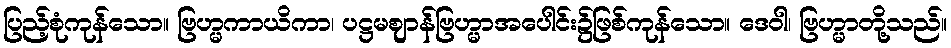
ပြည့်စုံကုန်သော။ ဗြဟ္မကာယိကာ၊ ပဋ္ဌမဈာန်ဗြဟ္မာအပေါင်း၌ဖြစ်ကုန်သော။ ဒေဝါ၊ ဗြဟ္မာတို့သည်။